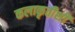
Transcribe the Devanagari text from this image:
कलाकृतीशी